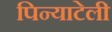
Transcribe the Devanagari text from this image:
पिन्याटेली